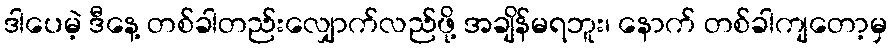
ဒါပေမဲ့ ဒီနေ့ တစ်ခါတည်းလျှောက်လည်ဖို့ အချိန်မရဘူး၊ နောက် တစ်ခါကျတော့မှ